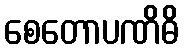
စေတောပဏိဓိ